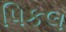
પિકલ